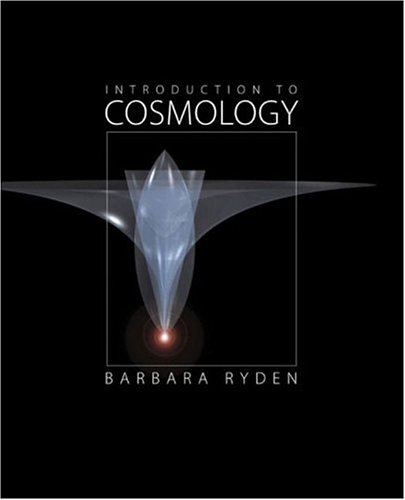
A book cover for Introduction to Cosmology; Barbara Ryden; Science & Math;